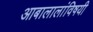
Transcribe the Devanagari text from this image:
आबालालांविषयी